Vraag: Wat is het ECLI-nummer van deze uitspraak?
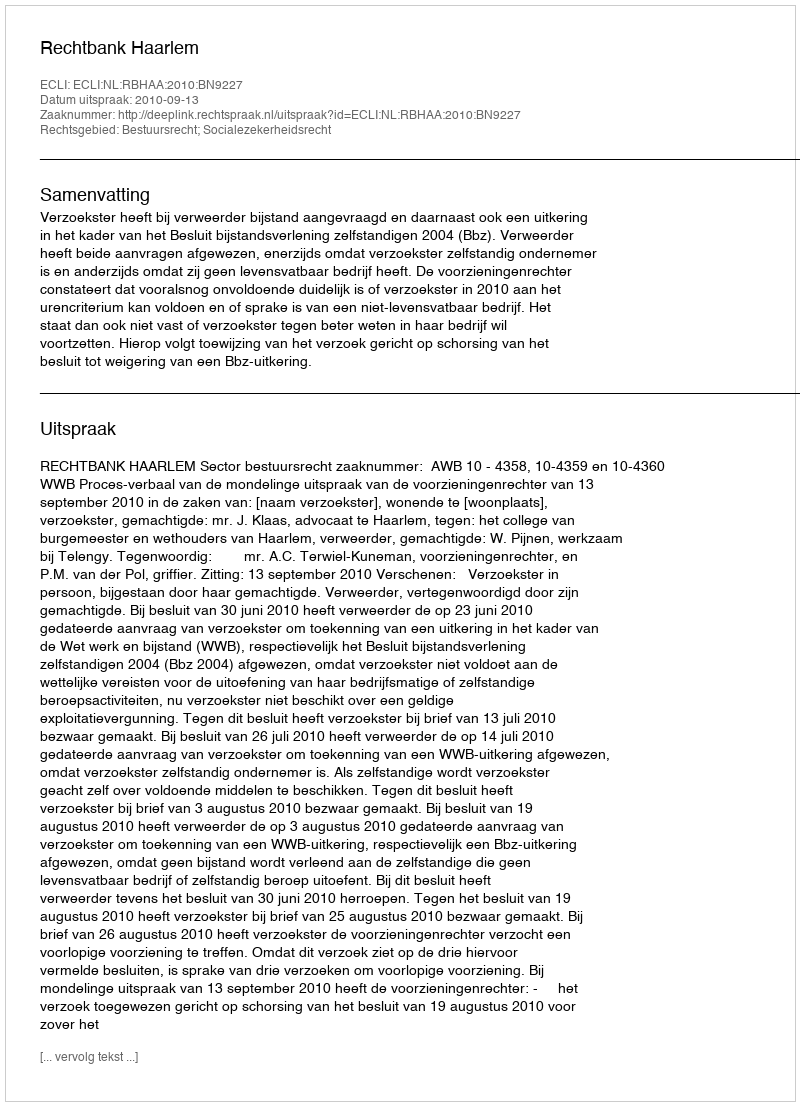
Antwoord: ECLI:NL:RBHAA:2010:BN9227